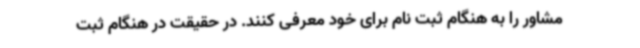
مشاور را به هنگام ثبت نام برای خود معرفی کنند. در حقیقت در هنگام ثبت